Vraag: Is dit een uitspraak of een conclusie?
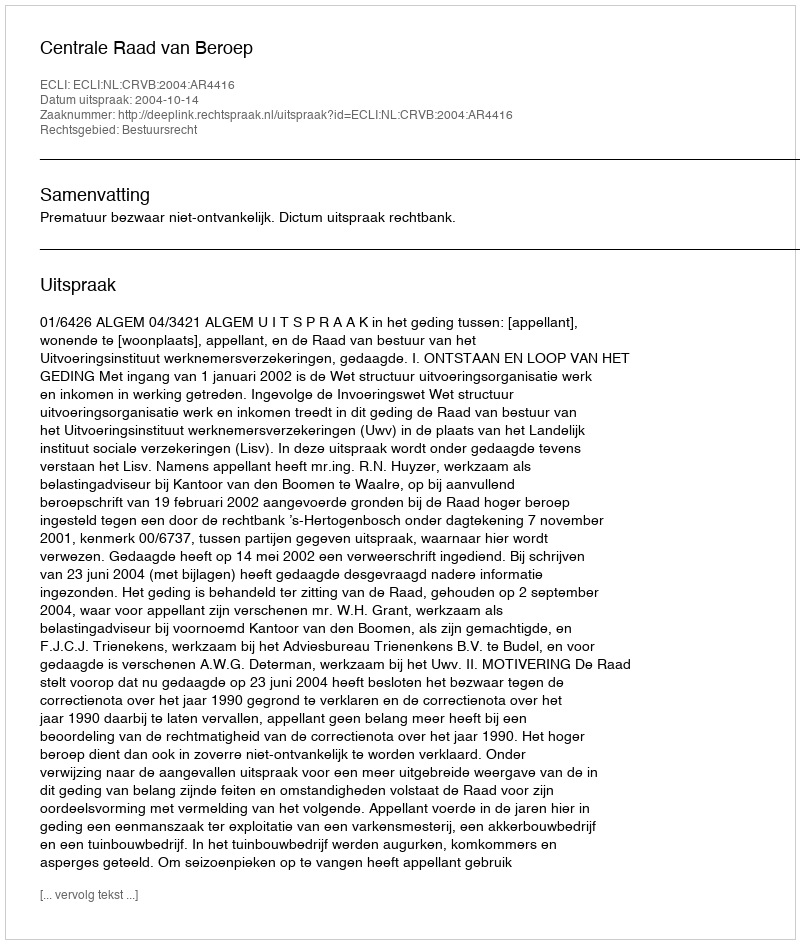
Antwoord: Uitspraak